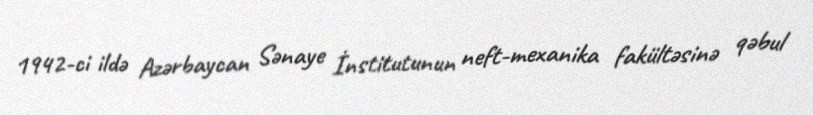
1942-ci ildə Azərbaycan Sənaye İnstitutunun neft-mexanika fakültəsinə qəbul